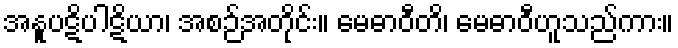
အနူပဋိပါဋိယာ၊ အစဉ်အတိုင်း။ မေဓာဝီတိ၊ မေဓာဝီဟူသည်ကား။